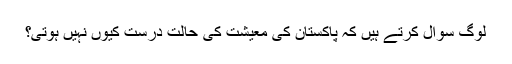
لوگ سوال کرتے ہیں کہ پاکستان کی معیشت کی حالت درست کیوں نہیں ہوتی؟